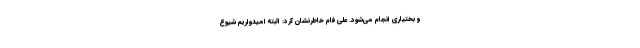
و بختیاری انجام می‌شود. علی فام خاطرنشان کرد: البته امیدواریم شیوع